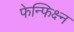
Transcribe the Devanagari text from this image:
फेन्फिक्ष्न